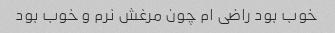
خوب بود راضی ام چون مرغش نرم و خوب بود